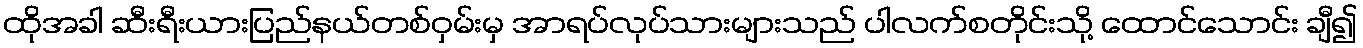
ထိုအခါ ဆီးရီးယားပြည်နယ်တစ်ဝှမ်းမှ အာရပ်လုပ်သားများသည် ပါလက်စတိုင်းသို့ ထောင်သောင်း ချီ၍